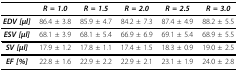
|  | R = 1.0 | R = 1.5 | R = 2.0 | R = 2.5 | R = 3.0 |
 | --- | --- | --- | --- | --- | --- |
 | EDV [μl] | 86.4 ± 3.8 | 85.9 ± 4.7 | 84.2 ± 7.3 | 87.4 ± 4.9 | 88.2 ± 5.5 |
 | ESV [μl] | 68.1 ± 3.9 | 68.1 ± 5.4 | 66.9 ± 6.9 | 69.1 ± 5.4 | 68.9 ± 5.5 |
 | SV [μl] | 17.9 ± 1.2 | 17.8 ± 1.1 | 17.4 ± 1.5 | 18.3 ± 0.9 | 19.0 ± 2.5 |
 | EF [%] | 22.8 ± 1.6 | 22.9 ± 2.2 | 22.9 ± 2.1 | 23.1 ± 1.9 | 24.0 ± 2.8 |